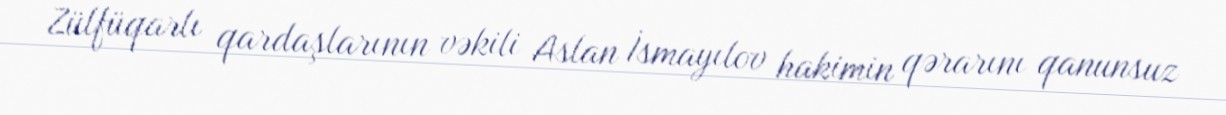
Zülfüqarlı qardaşlarının vəkili Aslan İsmayılov hakimin qərarını qanunsuz